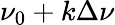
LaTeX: \nu_{0}+k\Delta\nu